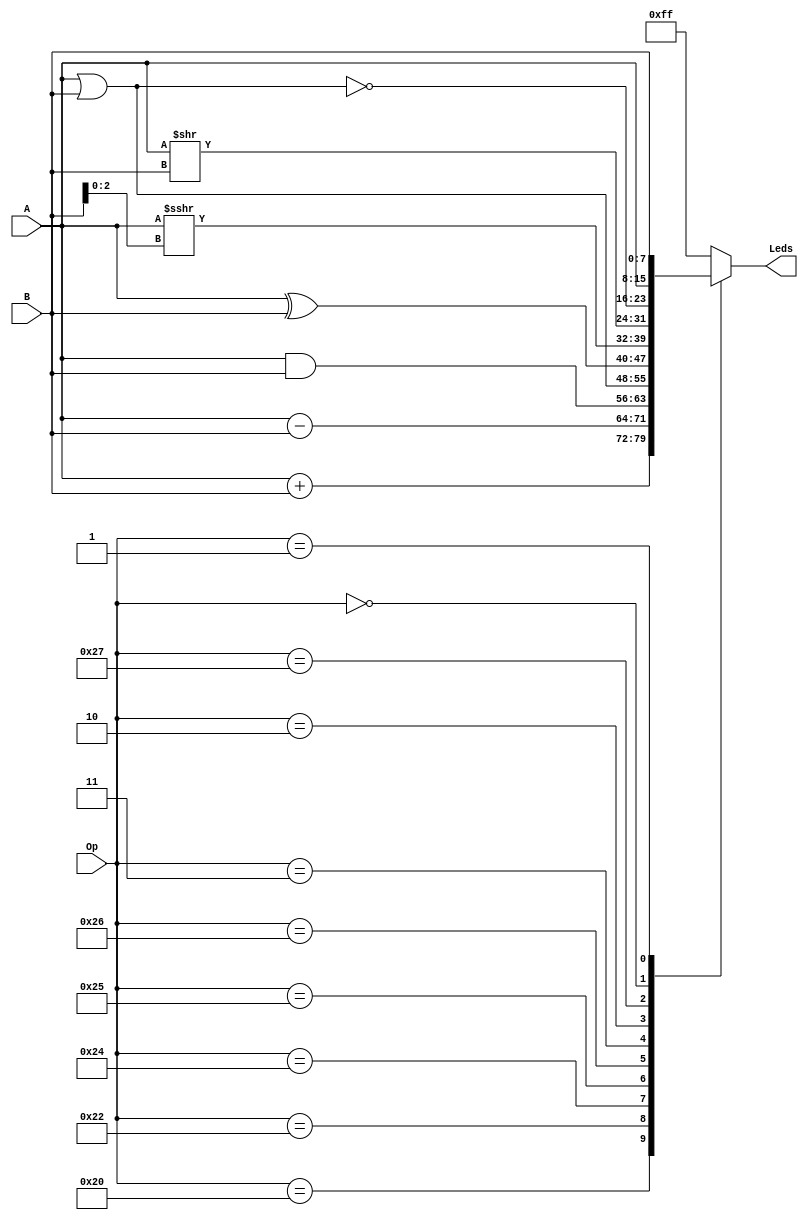
`timescale 1ns / 1ps
//////////////////////////////////////////////////////////////////////////////////
// Company: 				FS Inc.
//								Sieber, Braian
// 
// Design Name:			
// Module Name:   		ALU 
// Project Name: 			
// Target Devices:		
// Tool versions: 		
// Description: 			
//
// Dependencies: 			
//
// Revision: 				
// Revision 0.01 - File Created
// Additional Comments: 
//
//////////////////////////////////////////////////////////////////////////////////

module ALU #(parameter size = 8)
	(
		input[5:0] Op,
		input signed[size-1:0] A,
		input signed[size-1:0] B,
		output[size-1:0] Leds
	);	
	
	reg[size-1:0] aux;
	assign Leds = aux;
	
	always @(*)
	begin
		case (Op)
				6'b100000: 	aux = 	A 		+ 		B		; 		// ADD 	32
				6'b100010: 	aux = 	A 		- 		B		; 		// SUB 	34
				6'b100100: 	aux = 	A 		& 		B		; 		// AND 	36
				6'b100101: 	aux = 	A 		| 		B		; 		// OR 	37
				6'b100110: 	aux = 	A 		^ 		B		; 		// XOR 	38
				6'b000011: 	aux = 	A 		>>> 	B[2:0]; 		// SRA 	3
				6'b000010: 	aux = 	A 		>> 	B		; 		// SRL 	2
				6'b100111: 	aux = 	~(A 	| 		B)		; 	  	// NOR 	39
				6'b000000: 	aux = 	A						; 		// A 		0
				6'b000001: 	aux = 					B		; 		// B 		1
 				default: 	aux = 			-1				;
		endcase
	end
endmodule